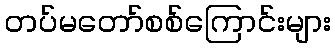
တပ်မတော်စစ်ကြောင်းများ